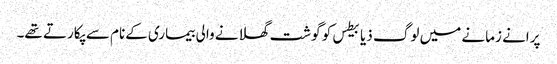
پرانے زمانے میں لوگ ذیابیطس کو گوشت گھلانے والی بیماری کےنام سے پکارتے تھے۔